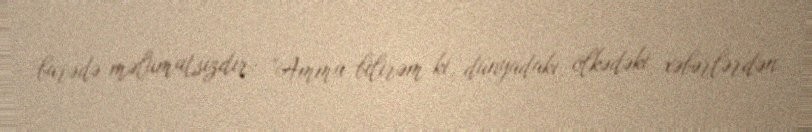
barədə məlumatsızdır: "Amma bilirəm ki, dünyadakı, ölkədəki xəbərlərdən